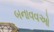
બનાવવઓ